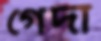
গেদা